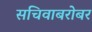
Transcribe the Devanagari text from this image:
सचिवाबरोबर